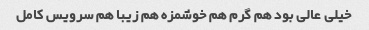
خیلی عالی بود هم گرم هم خوشمزه هم زیبا هم سرویس کامل